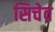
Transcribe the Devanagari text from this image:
सिचेव